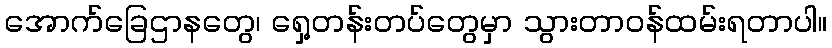
အောက်ခြေဌာနတွေ၊ ရှေ့တန်းတပ်တွေမှာ သွားတာဝန်ထမ်းရတာပါ။